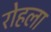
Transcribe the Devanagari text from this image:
रोहला